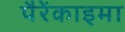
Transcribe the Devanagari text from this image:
पैरेंकाइमा